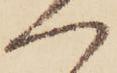
へ